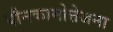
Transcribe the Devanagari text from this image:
यौनकामोत्तेजना